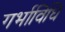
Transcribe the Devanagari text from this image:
गर्भाविधि